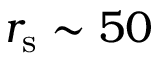
r _ { \mathrm { s } } \sim 5 0